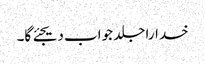
خدارا جلد جواب دیجئے گا۔